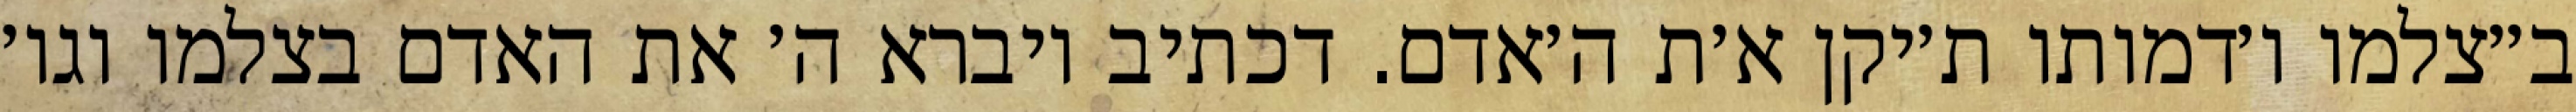
ב״צלמו ו׳דמותו ת׳יקן א׳ת ה׳אדם. דכתיב ויברא ה׳ את האדם בצלמו וגו׳